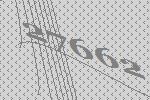
27662